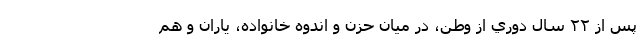
پس از ۲۲ سال دوري از وطن، در ميان حزن و اندوه خانواده، ياران و هم